Report on the cholera epidemic of
Year: 1868
Disease focus: Cholera
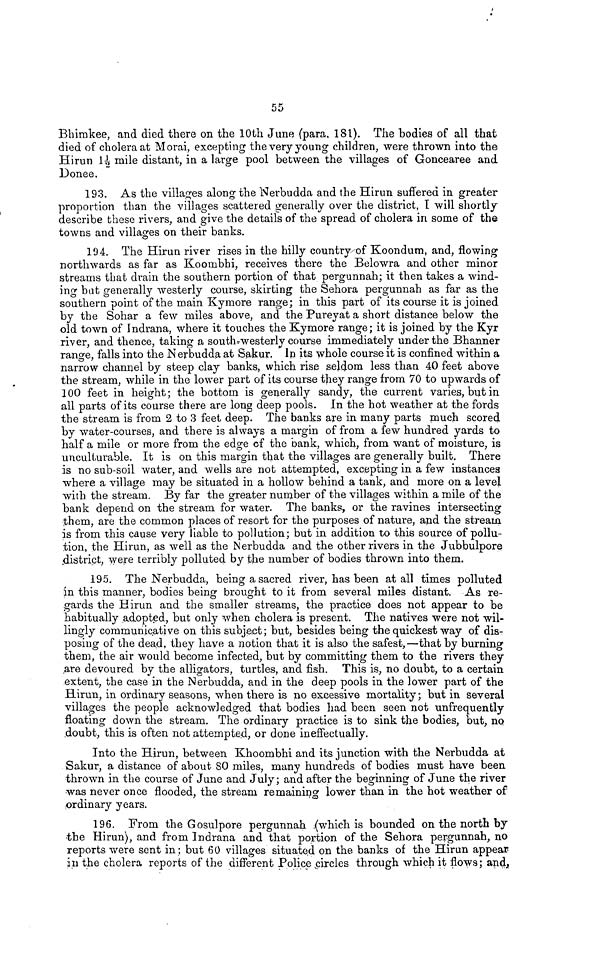
55
Bhimkee, and died there on the 10th June (para, 181). The bodies of all that
died of cholera at Morai, excepting the very young children, were thrown into the
Hirun 1½ mile distant, in a large pool between the villages of Goncearee and
Donee.
193. As the villages along the Nerbudda and the Hirun suffered in greater
proportion than the villages scattered generally over the district, T will shortly
describe these rivers, and give the details of the spread of cholera in some of the
towns and villages on their banks.
194. The Hirun river rises in the hilly country of Koondum, and, flowing
northwards as far as Koombhi, receives there the Belowra and other minor
streams that drain the southern portion of that pergunnah; it then takes a wind-
ing but generally westerly course, skirting the Sehora pergunnah as far as the
southern point of the main Kymore range; in this part of its course it is joined
by the Sohar a few miles above, and the Pureyat a short distance below the
old town of indrana, where it touches the Kymore range; it is joined by the Kyr
river, and thence, taking a southwesterly course immediately under the Bhanner
range, falls into the Nerbudda at Sakur. In its whole course it is confined within a
narrow channel by steep clay banks, which rise seldom less than 40 feet above
the stream, while in the lower part of its course they range from 70 to upwards of
100 feet in height; the bottom is generally sandy, the current varies, butin
all parts of its course there are long deep pools. In the hot weather at the fords
the stream is from 2 to 3 feet deep. The banks are in many parts much scored,
by water-courses, and there is always a margin of from a few hundred yards to
half a mile or more from the edge of the bank, which, from want of moisture, is
unculturable. It is on this margin that the villages are generally built. There
is no sub-soil water, and wells are not attempted, excepting in a few instances
where a village may be situated in a hollow behind a tank, and more on a level
with the stream. By far the greater number of the villages within a mile of the
bank depend on the stream for water. The banks, or the ravines intersecting
them, are the common places of resort for the purposes of nature, and the stream
is from this cause very liable to pollution; but in addition to this source of pollu-
tion, the Hirun, as well as the Nerbudda and the other rivers in the Jubbulpore
district, were terribly polluted by the number of bodies thrown into them.
195. The Nerbudda, being a sacred river, has been at all times polluted
in this manner, bodies being brought to it from several miles distant. As re-
gards the Hirun and the smaller streams, the practice does not appear to be
habitually adopted, but only when cholera is present. The natives were not wil-
lingly communicative on this subject; but, besides being the quickest way of dis-
posing of the dead, they have a notion that it is also the safest,—that by burning
them, the air would become infected, but by committing them to the rivers they
,are devoured by the alligators, turtles, and fish. This is, no doubt, to a certain
extent, the case in the Nerbudda, and in the deep pools in the lower part of the
Hirun, in ordinary seasons, when there is no excessive mortality ; but in several
villages the people acknowledged that bodies had been seen not unfrequently
floating down the stream. The ordinary practice is to sink the bodies, but, no
,doubt, this is often not attempted, or done ineffectually.
Into the Hirun, between Khoombhi and its junction with the Nerbudda at
Sakur, a distance of about 80 miles, many hundreds of bodies must have been
thrown in the course of June and July ; and after the beginning of June the river
was never once flooded, the stream remaining lower than in the hot weather of
ordinary years.
196. From the Gosulpore pergunnah (which is bounded on the north by
the Hirun), and from Indrana and that portion of the Sehora pergunnah, no
reports were sent in ; but 60 villages situated on the banks of the Hirun appear
in the cholera reports of the different Police circles through which it flows; and,